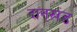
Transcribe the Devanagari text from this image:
दानखंड